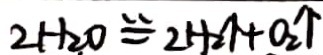
2 H _ { 2 } O \cong 2 H _ { 2 } \uparrow + O _ { 2 } \uparrow